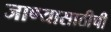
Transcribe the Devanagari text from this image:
जाण्यासाठीची